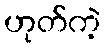
ဟုတ်ကဲ့